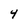
Character: 4